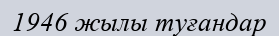
1946 жылы туғандар